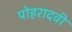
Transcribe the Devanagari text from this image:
पोहरादवी